Source: Handwritten
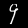
Digit: ၄ (4)